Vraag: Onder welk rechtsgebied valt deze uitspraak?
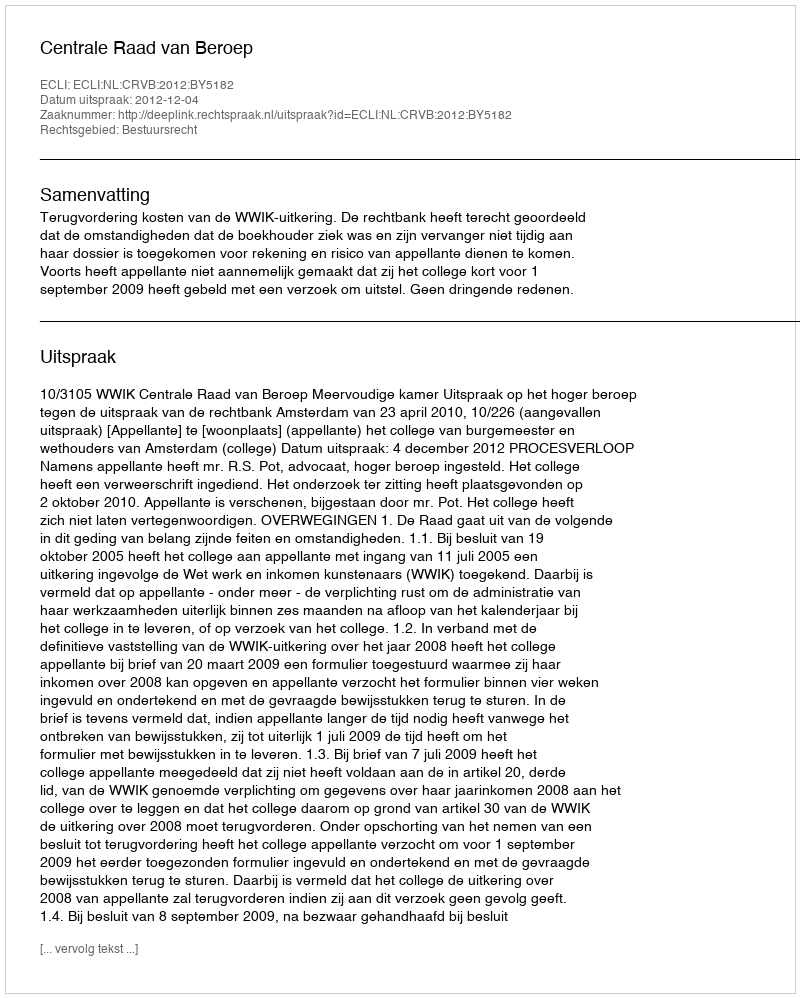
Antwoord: Bestuursrecht